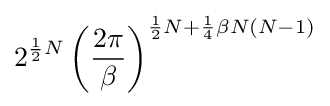
2^{{\frac {1}{2}}N}\left({\frac {2\pi }{\beta }}\right)^{{\frac {1}{2}}N+{\frac {1}{4}}\beta N(N-1)}